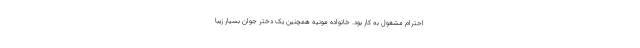
احترام مشغول به کار بود. خانواده مونیه همچنین یک دختر جوان بسیار زیبا